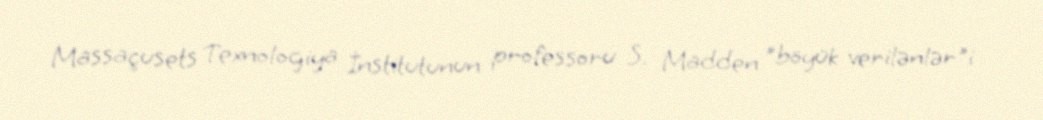
Massaçusets Texnologiya İnstitutunun professoru S. Madden "böyük verilənlər"i